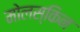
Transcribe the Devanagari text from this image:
मोलस्किन